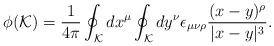
\begin{align*}\phi ({\cal K})={1 \over 4 \pi} \oint_{\cal K}dx^{\mu} \oint_{\cal K} dy^{\nu}\epsilon_{\mu \nu \rho} { (x-y)^{\rho} \over |x-y|^3}.\end{align*}